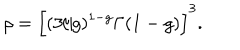
\rho = \Big [ ( 3 / g ) ^ { 1 - g } \Gamma ( 1 - g ) \Big ] ^ { 3 } .